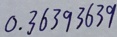
0 . 3 6 3 9 3 6 3 9